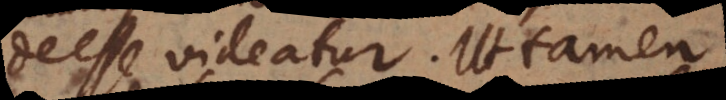
deesse videatur. Ut tamen